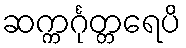
ဆက္ကင်္ဂုတ္တရေပိ